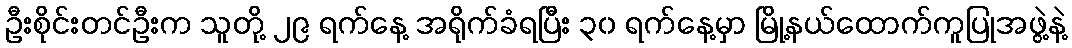
ဦးစိုင်းတင်ဦးက သူတို့ ၂၉ ရက်နေ့ အရိုက်ခံရပြီး ၃၀ ရက်နေ့မှာ မြို့နယ်ထောက်ကူပြုအဖွဲ့နဲ့